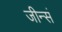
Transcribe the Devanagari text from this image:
जीन्सं